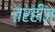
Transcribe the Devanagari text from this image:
तरहीज